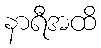
နာရီအထိ